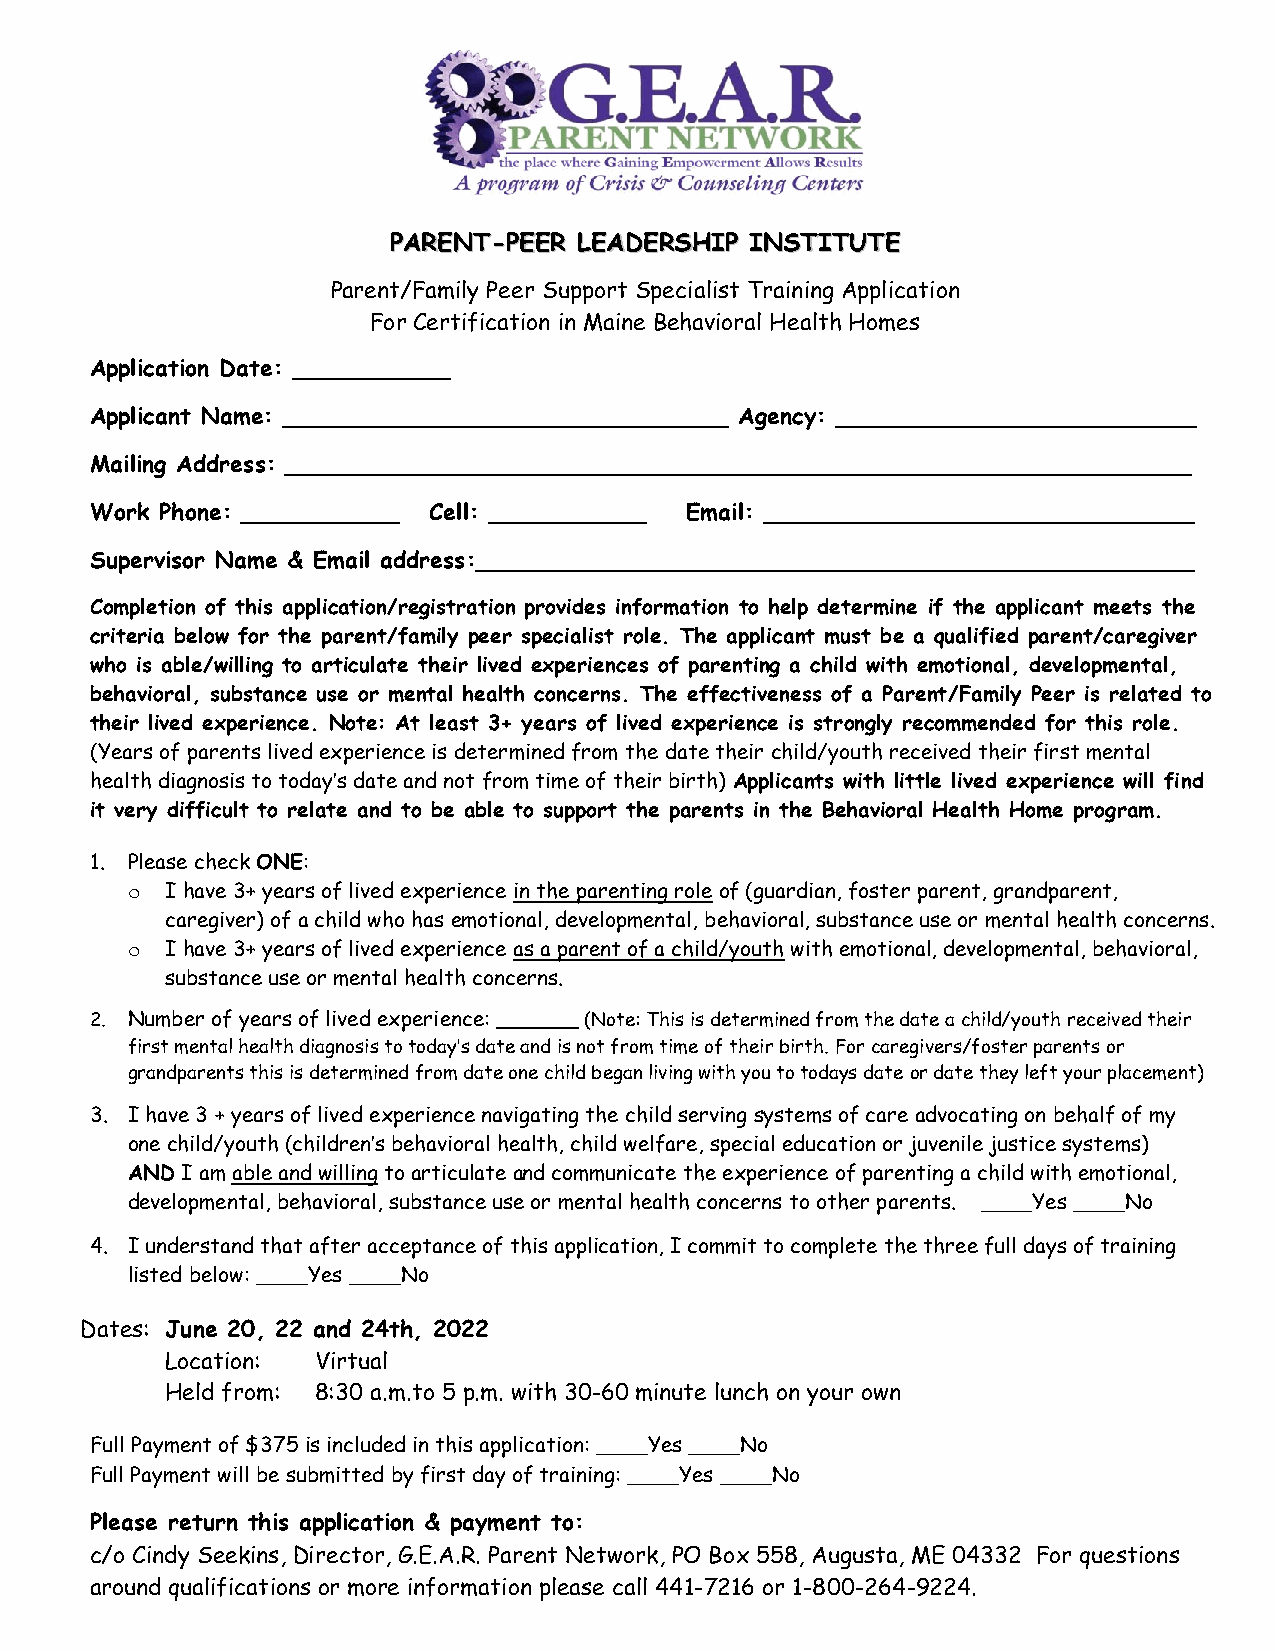
PPAARREENNTT--PPEEEERR LLEEAADDEERRSSHHIIPP IINNSSTTIITTUUTTEE
 Parent/Family Peer Support Specialist Training Application
 For Certification in Maine Behavioral Health Homes
 Application Date: ___________
 Applicant Name: _______________________________ Agency: _________________________
 Mailing Address: _______________________________________________________________
 Work Phone: ___________ Cell: ___________ Email: ______________________________
 Supervisor Name & Email address:__________________________________________________
 Completion of this application/registration provides information to help determine if the applicant meets the
 criteria below for the parent/family peer specialist role. The applicant must be a qualified parent/caregiver
 who is able/willing to articulate their lived experiences of parenting a child with emotional, developmental,
 behavioral, substance use or mental health concerns. The effectiveness of a Parent/Family Peer is related to
 their lived experience. Note: At least 3+ years of lived experience is strongly recommended for this role.
 (Years of parents lived experience is determined from the date their child/youth received their first mental
 health diagnosis to today’s date and not from time of their birth) Applicants with little lived experience will find
 it very difficult to relate and to be able to support the parents in the Behavioral Health Home program.
 1. Please check ONE:
 o  I have 3+ years of lived experience in the parenting role of (guardian, foster parent, grandparent,
 caregiver) of a child who has emotional, developmental, behavioral, substance use or mental health concerns.
 o  I have 3+ years of lived experience as a parent of a child/youth with emotional, developmental, behavioral,
 substance use or mental health concerns.
 2. Number of years of lived experience: _______ (Note: This is determined from the date a child/youth received their
 first mental health diagnosis to today’s date and is not from time of their birth. For caregivers/foster parents or
 grandparents this is determined from date one child began living with you to todays date or date they left your placement)
 3. I have 3 + years of lived experience navigating the child serving systems of care advocating on behalf of my
 one child/youth (children’s behavioral health, child welfare, special education or juvenile justice systems)
 AND I am able and willing to articulate and communicate the experience of parenting a child with emotional,
 developmental, behavioral, substance use or mental health concerns to other parents. ____Yes ____No
 4. I understand that after acceptance of this application, I commit to complete the three full days of training
 listed below: ____Yes ____No
 Dates: June 20, 22 and 24th, 2022
 Location: Virtual
 Held from: 8:30 a.m.to 5 p.m. with 30-60 minute lunch on your own
 Full Payment of $375 is included in this application: ____Yes ____No
 Full Payment will be submitted by first day of training: ____Yes ____No
 Please return this application & payment to:
 c/o Cindy Seekins, Director, G.E.A.R. Parent Network, PO Box 558, Augusta, ME 04332 For questions
 around qualifications or more information please call 441-7216 or 1-800-264-9224.